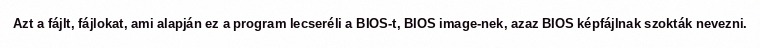
Azt a fájlt, fájlokat, ami alapján ez a program lecseréli a BIOS-t, BIOS image-nek, azaz BIOS képfájlnak szokták nevezni.